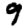
Digit: 9